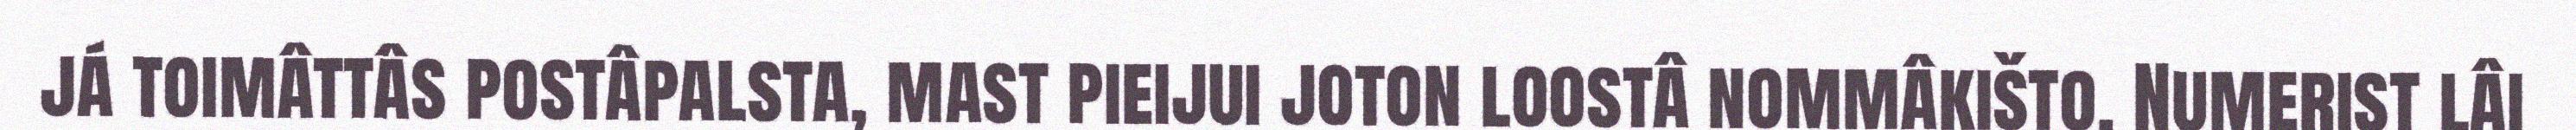
já toimâttâs postâpalsta, mast pieijui joton loostâ nommâkišto. Numerist lâi